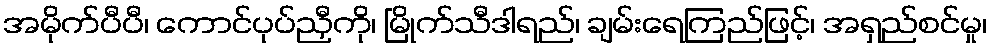
အမိုက်ပီပီ၊ ကောင်ပုပ်ညှီကို၊ မြိုက်သီဒါရည်၊ ချမ်းရေကြည်ဖြင့်၊ အရှည်စင်မှု၊